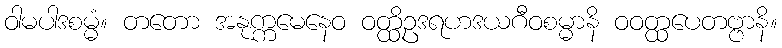
ဝါမပါဒစမ္မံ။ တတော အနုက္ကမေနေဝ ဝတ္ထိဥဒရဟဒယဂီဝစမ္မာနိ ဝဝတ္ထပေတဗ္ဗာနိ။